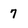
Character: 7